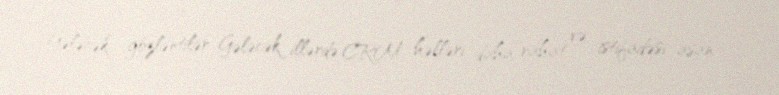
Gələcək gözləntilər Gələcək illərdə CRM həlləri daha rahat və istifadəsi asan